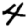
Digit: 4